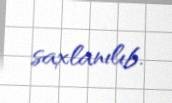
saxlanılıb.